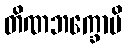
တိဏဘက္ခောပိ